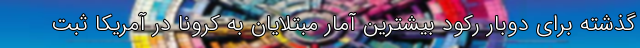
گذشته برای دوبار رکود بیشترین آمار مبتلایان به کرونا در آمریکا ثبت